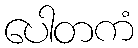
ပေါတကံ